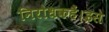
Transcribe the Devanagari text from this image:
निरोधकहैं।इसे